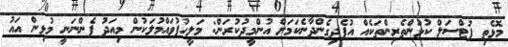
މޮޅެތި ފުޓްސަލް ކުޅުންތެރިންތަކެއް އުފެދިގެންދާނެކަމަށް އުންމީދުކުރަން: މަލީހުފުވައްމުލަކުން މިއަދު ފެންނަނީ މުޅިން އައު